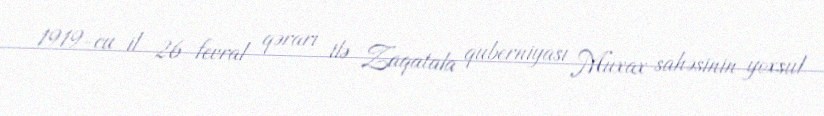
1919-cu il 26 fevral qərarı ilə Zaqatala quberniyası Muxax sahəsinin yoxsul